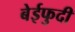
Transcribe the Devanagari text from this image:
बेईफुदी